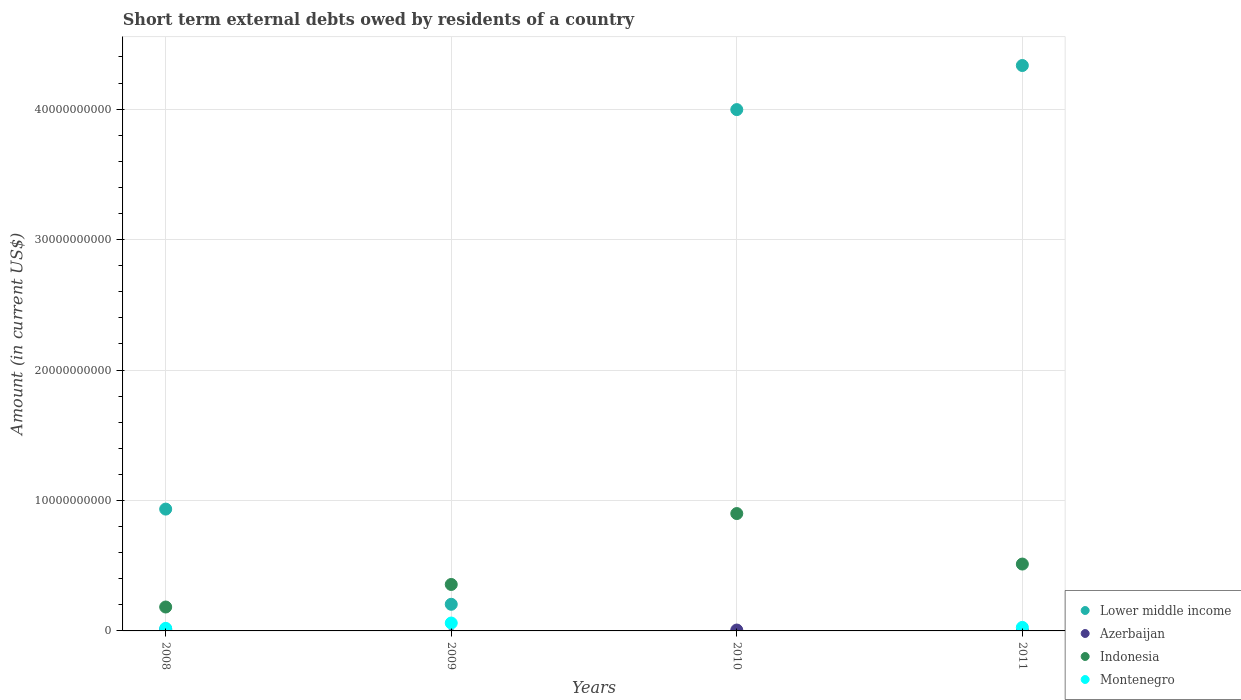
| Years | Lower middle income | Azerbaijan | Indonesia | Montenegro |
 | --- | --- | --- | --- | --- |
 | 2008 | 9.34e+09 | 1.26e+08 | 1.83e+09 | 1.97e+08 |
 | 2009 | 2.04e+09 | -3.59e+08 | 3.56e+09 | 6.05e+08 |
 | 2010 | 4e+10 | 6.8e+07 | 9e+09 | -1.02e+09 |
 | 2011 | 4.33e+10 | 1.3e+07 | 5.13e+09 | 2.69e+08 |